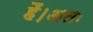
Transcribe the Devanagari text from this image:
हैं।अतः